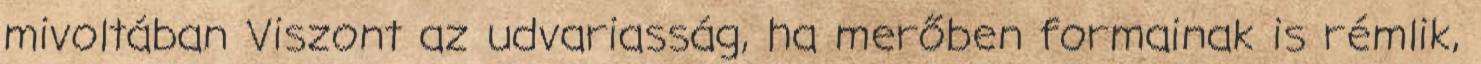
mivoltában Viszont az udvariasság, ha merőben formainak is rémlik,